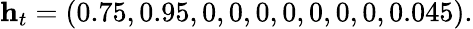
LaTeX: \mathbf{h}_{t}=(0.75,0.95,0,0,0,0,0,0,0,0.045).